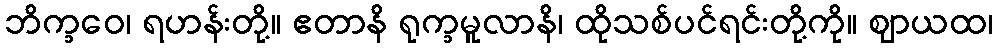
ဘိက္ခဝေ၊ ရဟန်းတို့။ ဧတာနိ ရုက္ခမူလာနိ၊ ထိုသစ်ပင်ရင်းတို့ကို။ ဈာယထ၊